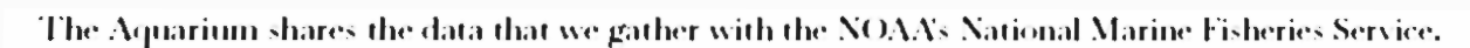
The Aquarium shares the data that we gather with the NOAA's National Marine Fisheries Service.